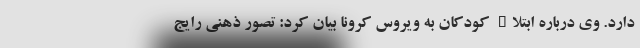
دارد. وی درباره ابتلاء کودکان به ویروس کرونا بیان کرد: تصور ذهنی رایج